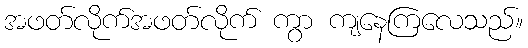
အဖတ်လိုက်အဖတ်လိုက် ကွာ ကျနေကြလေသည်။